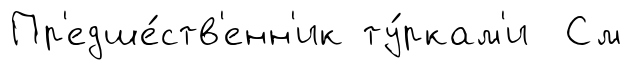
Пр'едше́ств'енн'ик ту́ркам'и См